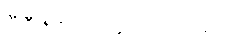
ဒီဒီဇိုင်းကိုမကြိုက်ဘူး။